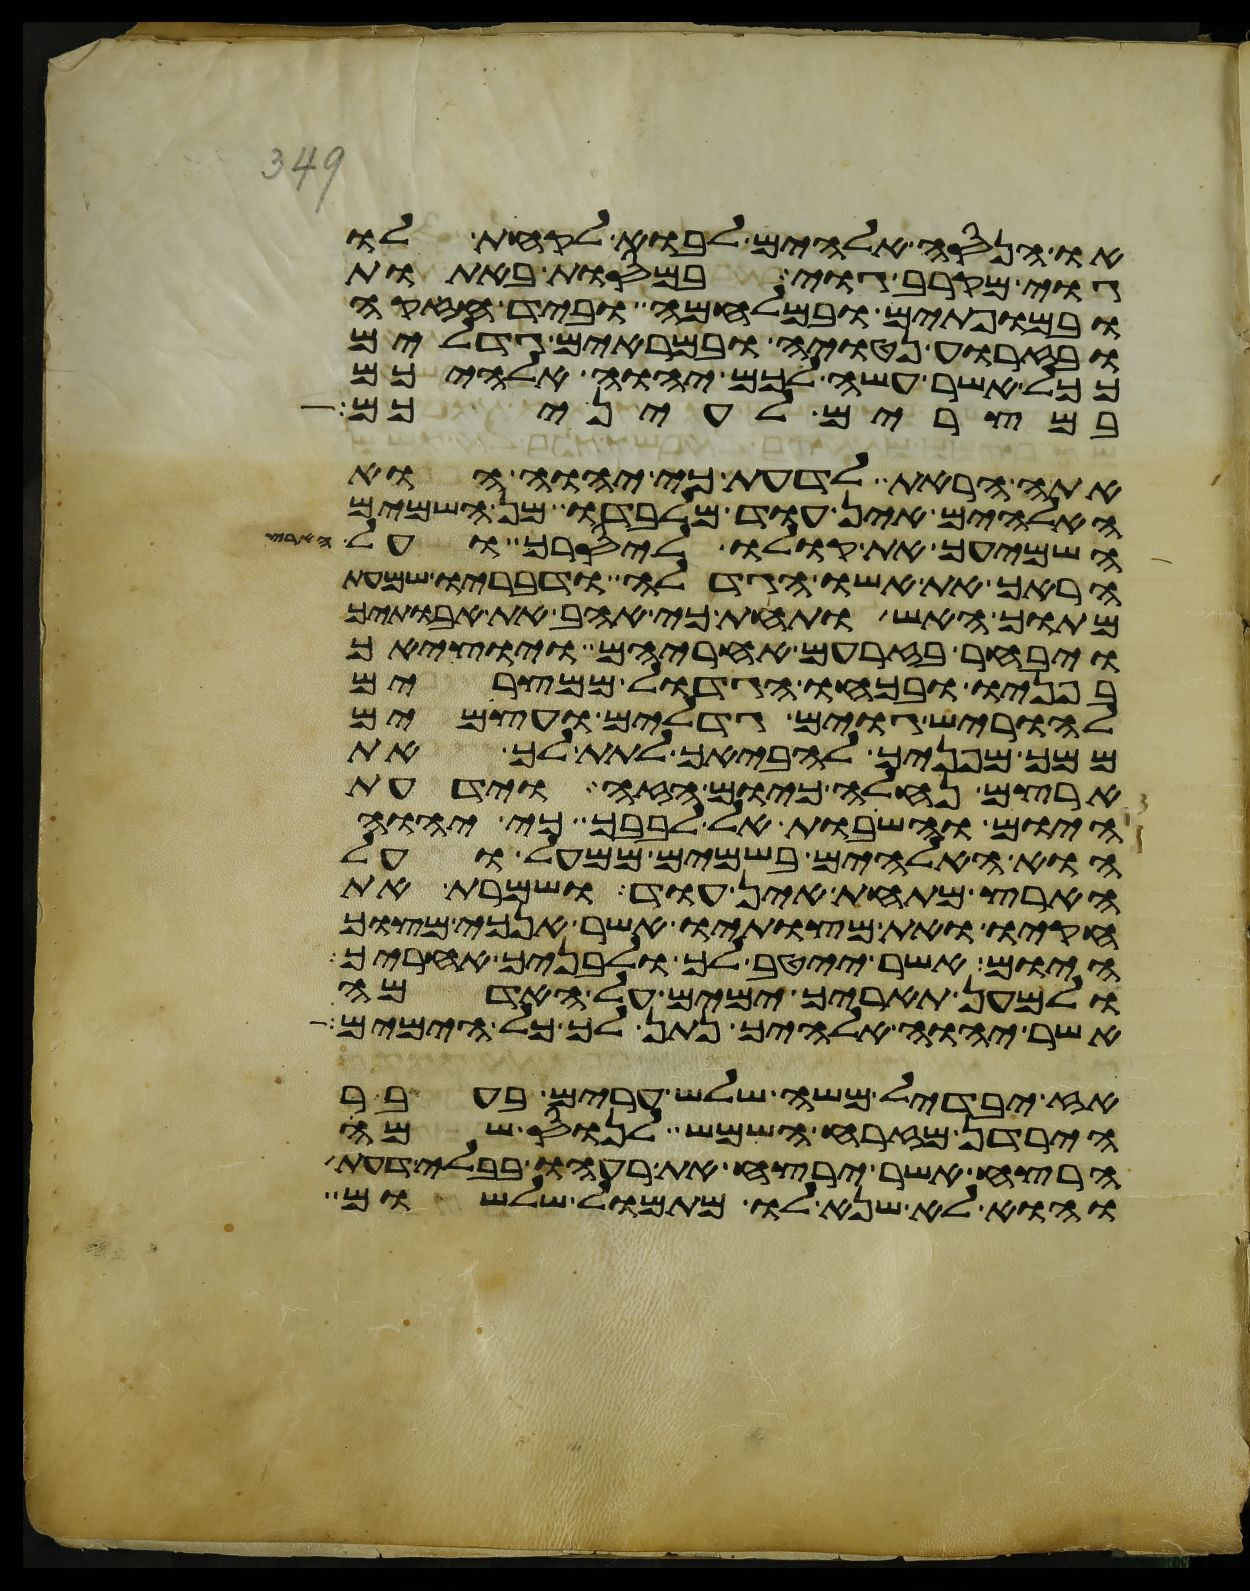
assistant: או הנסה אלהים לבוא לקחת לו
גוי מקרב גוי במסות באתות
ובמופתים ובמלחמה וביד חזקה
ובזרוע נטויה ובמראים גדלים
ככל אשר עשה לכם יהוה אלהיכם
במצרים לעיניכם
אתה הראת לדעת כי יהוה הוא
האלהים אין עוד מלבדו מן השמים
השמיעך את קולו ליסרך ועל הארץ
הראך את אשו הגדלה ודבריו שמעת
מתוך האש ותחת כי אהב את אבתיך
ויבחר בזרעם אחריהם ויוציאך
בפניו ובכחו הגדול ממצרים
להוריש גוים גדלים ועצמים
ממך מפניך להביאך לתת לך את
ארצם נחלה כיום הזה וידעת
היום והשבות אל לבבך כי יהוה
הוא האלהים בשמים ממעל ועל
הארץ מתחת אין עוד ושמרת את
חקיו ואת מצותיו אשר אנכי מצוך
היום אשר ייטב לך ולבניך אחריך
ולמען תאריך ימים על האדמה
אשר יהוה אלהיך נתן לך כל הימים
אז יבדיל משה שלש ערים בעבר
הירדן מזרח השמש לנוס שמה
הרצח אשר ירצח את רעהו בבלי דעת
והוא לא שנא לו מתמול שלשום